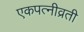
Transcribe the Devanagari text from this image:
एकपत्‍नीव्रती